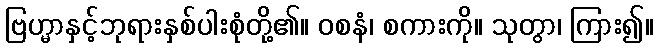
ဗြဟ္မာနှင့်ဘုရားနှစ်ပါးစုံတို့၏။ ဝစနံ၊ စကားကို။ သုတွာ၊ ကြား၍။